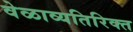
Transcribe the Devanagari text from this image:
वेळाव्यतिरिक्त